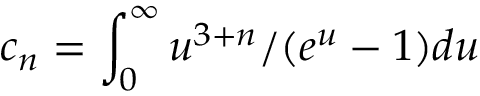
c _ { n } = \int _ { 0 } ^ { \infty } u ^ { 3 + n } / ( e ^ { u } - 1 ) d u